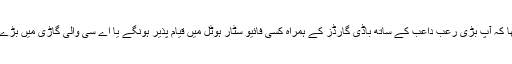
پھر ان سے گویا ہوا کہ سر میں سوچ رہا تھا کہ آپ بڑی رعب داعب کے ساتھ باڈی گارڈز کے ہمراہ کسی فائیو سٹار ہوٹل میں قیام پذیر ہونگے یا اے سی والی گاڑی میں بڑے پروٹوکول کے ساتھ سفر کر رہے ہونگے۔